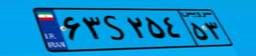
۲۲S۲۲۴۸۲